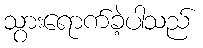
သွားရောက်ခဲ့ပါသည်